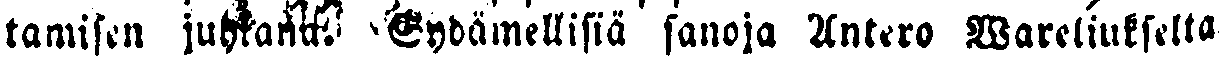
tamisen juhlana. Sydämellisiä sanoja Antero Wareliukselta.